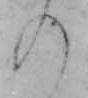
の